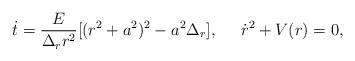
LaTeX: \begin{align*}\dot{t}=\frac{E}{\Delta_r r^2}[(r^2+a^2)^2-a^2\Delta_r],\;\;\;\;\;\dot{r}^2+V(r)=0,\end{align*}